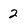
Character: 2